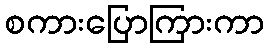
စကားပြောကြားကာ